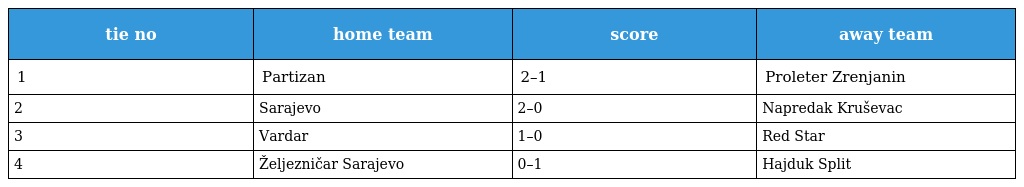
| tie no | home team | score | away team |
 | --- | --- | --- | --- |
 | 1 | Partizan | 2–1 | Proleter Zrenjanin |
 | 2 | Sarajevo | 2–0 | Napredak Kruševac |
 | 3 | Vardar | 1–0 | Red Star |
 | 4 | Željezničar Sarajevo | 0–1 | Hajduk Split |